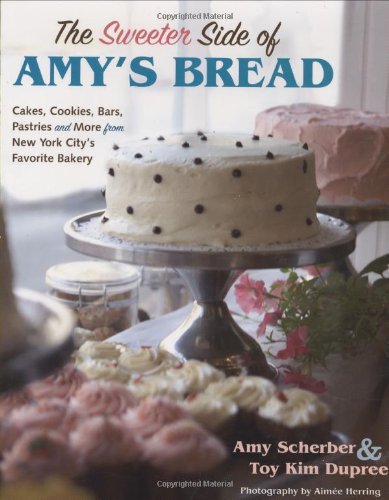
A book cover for The Sweeter Side of Amy's Bread; Toy Kim Dupree; Cookbooks, Food & Wine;